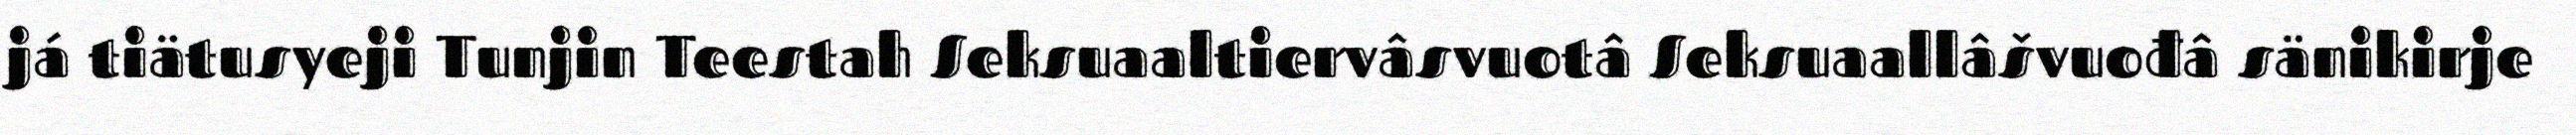
já tiätusyeji Tunjin Teestah Seksuaaltiervâsvuotâ Seksuaallâšvuođâ sänikirje